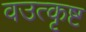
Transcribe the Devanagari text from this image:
वउत्कृष्ट